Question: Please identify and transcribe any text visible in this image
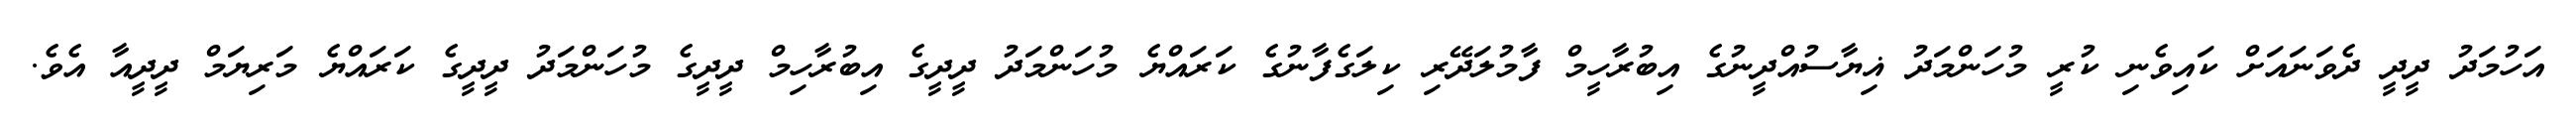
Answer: އަހުމަދު ދީދީ ދެވަނައަށް ކައިވެނި ކުރީ މުހަންމަދު ޣިޔާސުއްދީނުގެ އިބުރާހީމް ފާމުލަދޭރި ކިލަގެފާނުގެ ކަރައްޔެ މުހަންމަދު ދީދީގެ އިބުރާހިމް ދީދީގެ މުހަންމަދު ދީދީގެ ކަރައްޔެ މަރިޔަމް ދީދީއާ އެވެ.